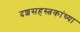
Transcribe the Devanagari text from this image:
दशसहस्त्रकांच्या